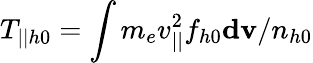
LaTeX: T_{||h0}=\int m_{e}v_{||}^{2}f_{h0}\mathbf{dv}/n_{h0}